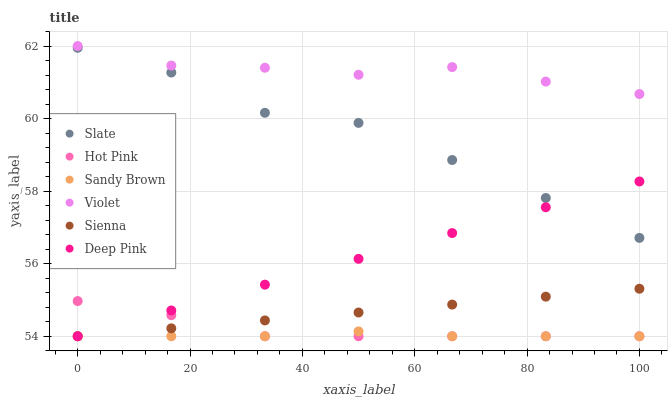
| xaxis_label | Slate | Hot Pink | Sandy Brown | Violet | Sienna | Deep Pink |
 | --- | --- | --- | --- | --- | --- | --- |
 | 0 | 62 | 55 | 54 | 62 | 54 | 54 |
 | 16.7 | 61.3 | 54.6 | 54 | 61.5 | 54.2 | 54.7 |
 | 33.3 | 60.2 | 54 | 54 | 61.4 | 54.4 | 55.4 |
 | 50 | 59.9 | 54 | 54.1 | 61.2 | 54.7 | 56.1 |
 | 66.7 | 58.9 | 54 | 54 | 61.4 | 54.9 | 56.8 |
 | 83.3 | 57.8 | 54 | 54 | 61 | 55.1 | 57.6 |
 | 100 | 56.7 | 54 | 54 | 60.7 | 55.3 | 58.3 |